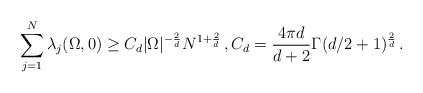
\begin{align*}\sum_{j=1}^N\lambda_j(\Omega,0)\ge C_d|\Omega|^{-\frac{2}{d}}N^{1+\frac{2}{d}}\,,C_d=\frac{4\pi d}{d+2}\Gamma(d/2+1)^{\frac{2}{d}}\,.\end{align*}